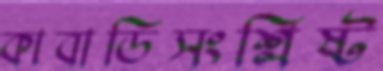
কাবাডিসংশ্লিষ্ট